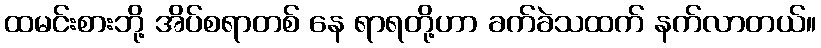
ထမင်းစားဘို့ အိပ်စရာတစ် နေ ရာရတို့ဟာ ခက်ခဲသထက် နက်လာတယ်။